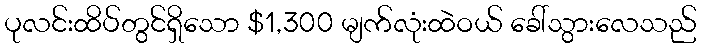
ပုလင်းထိပ်တွင်ရှိသော $1,300 မျက်လုံးထဲဝယ် ခေါ်သွားလေသည်